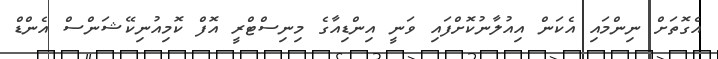
އެގޮތަށް ނިންމައި އެކަން އިއުލާނުކޮށްފައި ވަނީ އިންޑިއާގެ މިނިސްޓްރީ އޮފް ކޮމިއުނިކޭޝަންސް އެންޑް